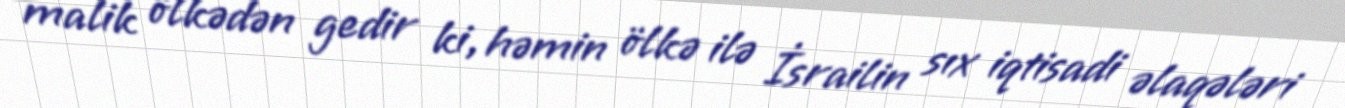
malik ölkədən gedir ki, həmin ölkə ilə İsrailin sıx iqtisadi əlaqələri